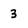
Character: 3